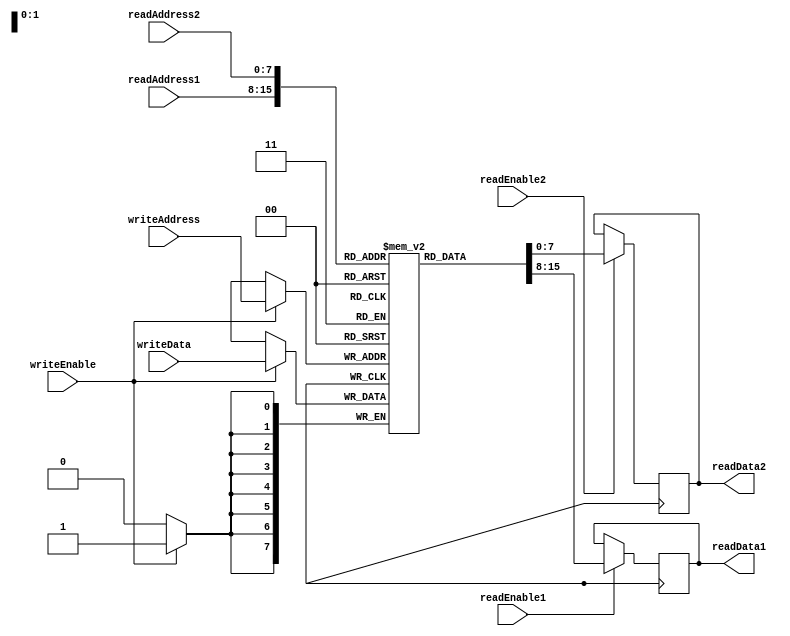
module MemoryBlocksPipelinedRegisterFile (
    input wire [7:0] readAddress1,
    input wire [7:0] readAddress2,
    input wire [7:0] writeAddress,
    input wire [7:0] writeData,
    input wire readEnable1,
    input wire readEnable2,
    input wire writeEnable,
    output reg [7:0] readData1,
    output reg [7:0] readData2
);

reg [7:0] registers [0:255];

always @ (posedge clk) begin
    if (writeEnable) begin
        registers[writeAddress] <= writeData;
    end

    if (readEnable1) begin
        readData1 <= registers[readAddress1];
    end

    if (readEnable2) begin
        readData2 <= registers[readAddress2];
    end
end

endmodule